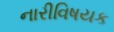
નારીવિષયક